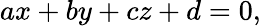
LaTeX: ax+by+cz+d=0,